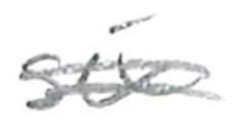
Text: six
Cross-out: double-line
Writing tool: pencil